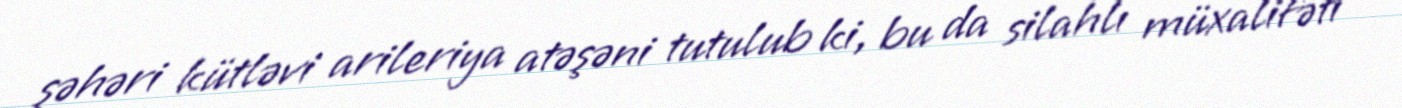
şəhəri kütləvi arileriya atəşəni tutulub ki, bu da silahlı müxalifəti